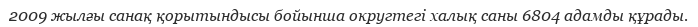
2009 жылғы санақ қорытындысы бойынша округтегі халық саны 6804 адамды құрады.